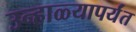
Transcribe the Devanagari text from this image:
उन्हाळ्यापर्यंत